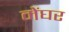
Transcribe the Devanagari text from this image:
मेंघर